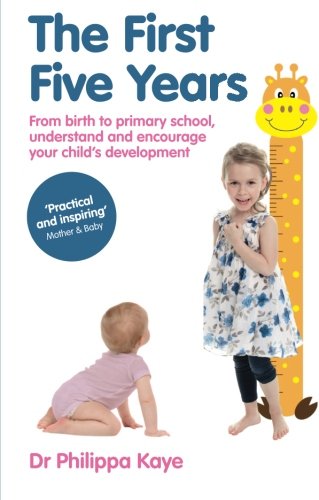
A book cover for The First Five Years: From birth to primary school, understand and encourage your child's development; Dr. Philippa Kaye; Parenting & Relationships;